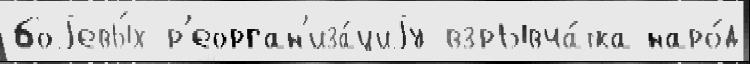
боjевы́х р'еорган'иза́циjу взрывча́тка наро́д